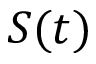
S ( t )